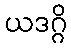
ယဒဂ္ဂိ